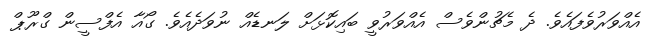
އެއްވަރުވެފައެވެ. ދެ މެޗުންވެސް އެއްވަރުވީ ބައިކޮޅަށް ލަނޑެއް ނުވަދެއެވެ. ގޯއާ އެފްސީން ގްރޫޕް